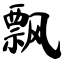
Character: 飘